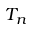
T _ { n }